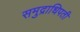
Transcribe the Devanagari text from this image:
समुद्राधिपती